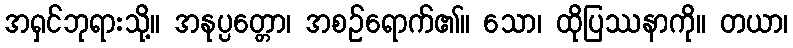
အရှင်ဘုရားသို့။ အနုပ္ပတ္တော၊ အစဉ်ရောက်၏။ သော၊ ထိုပြဿနာကို။ တယာ၊